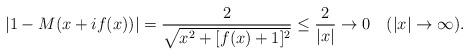
LaTeX: \begin{align*}\left|1-M(x+if(x))\right|= \frac{2}{\sqrt{x^{2}+[f(x)+1]^{2}}}\leq\frac{2}{|x|}\rightarrow0\quad(|x|\rightarrow\infty).\end{align*}